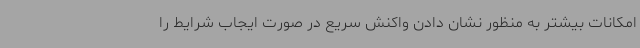
امکانات بیشتر به منظور نشان دادن واکنش سریع در صورت ایجاب شرایط را